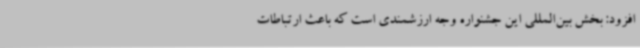
افزود: بخش بین‌المللی این جشنواره وجه ارزشمندی است که باعث ارتباطات